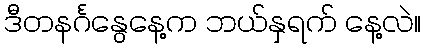
ဒီတနင်္ဂနွေနေ့က ဘယ်နှရက် နေ့လဲ။